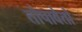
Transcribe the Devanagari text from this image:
तोपावेतो